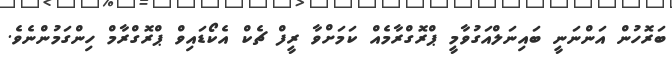
ބަރޮހުން އަންނަނީ ބައިނަލްއަގުވާމީ ޕްރޮގްރާމެއް ކަމަށްވާ ރީފް ޗެކް އެކޯޑައިވް ޕްރޮގްރާމް ހިންގަމުންނެވެ.